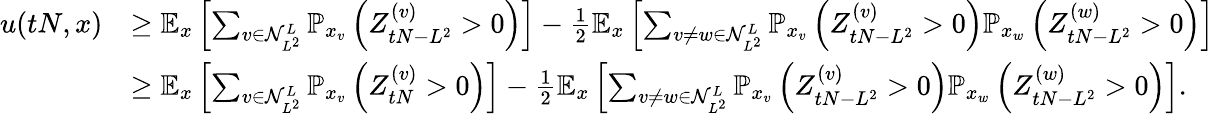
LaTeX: \begin{array}{rl}{u(tN,x)}&{\geq\mathbb{E}_{x}\left[\sum_{v\in\mathcal{N}_{L^{2}}^{L}}\mathbb{P}_{x_{v}}\left(Z_{tN-L^{2}}^{(v)}>0\right)\right]-\frac{1}{2}\mathbb{E}_{x}\left[\sum_{v\neq w\in\mathcal{N}_{L^{2}}^{L}}\mathbb{P}_{x_{v}}\left(Z_{tN-L^{2}}^{(v)}>0\right)\mathbb{P}_{x_{w}}\left(Z_{tN-L^{2}}^{(w)}>0\right)\right]}\\ &{\geq\mathbb{E}_{x}\left[\sum_{v\in\mathcal{N}_{L^{2}}^{L}}\mathbb{P}_{x_{v}}\left(Z_{tN}^{(v)}>0\right)\right]-\frac{1}{2}\mathbb{E}_{x}\left[\sum_{v\neq w\in\mathcal{N}_{L^{2}}^{L}}\mathbb{P}_{x_{v}}\left(Z_{tN-L^{2}}^{(v)}>0\right)\mathbb{P}_{x_{w}}\left(Z_{tN-L^{2}}^{(w)}>0\right)\right].}\end{array}